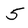
Character: 5